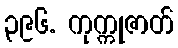
၃၉၆. ကုက္ကုဇာတ်